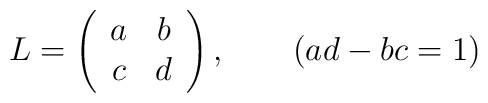
L = \left(\begin{array}{cc}a & b \\c & d\end{array}\right),~~~~~~(ad-bc = 1)